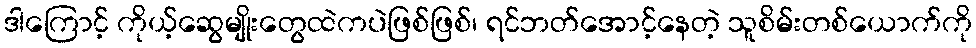
ဒါကြောင့် ကိုယ့်ဆွေမျိုးတွေထဲကပဲဖြစ်ဖြစ်၊ ရင်ဘတ်အောင့်နေတဲ့ သူစိမ်းတစ်ယောက်ကို